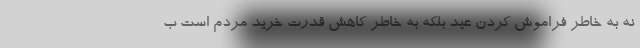
نه به خاطر فراموش کردن عید بلکه به خاطر کاهش قدرت خرید مردم است ب